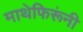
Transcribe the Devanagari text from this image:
माथेफिरूंनी